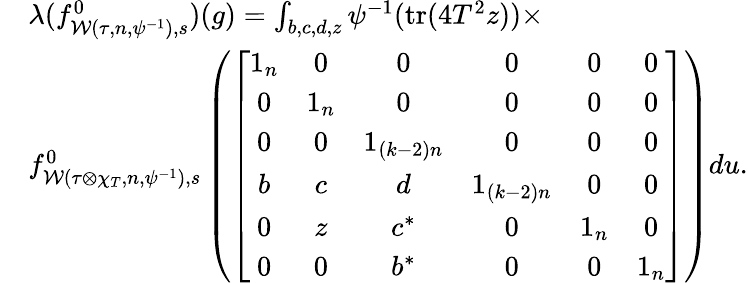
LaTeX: \begin{array}{rl}&{\lambda(f_{\mathcal{W}(\tau,n,\psi^{-1}),s}^{0})(g)=\int_{b,c,d,z}\psi^{-1}(\mathrm{tr}(4T^{2}z))\times}\\ &{f_{\mathcal{W}(\tau\otimes\chi_{T},n,\psi^{-1}),s}^{0}\left(\left[\begin{array}{cccccc}{1_{n}}&{0}&{0}&{0}&{0}&{0}\\ {0}&{1_{n}}&{0}&{0}&{0}&{0}\\ {0}&{0}&{1_{(k-2)n}}&{0}&{0}&{0}\\ {b}&{c}&{d}&{1_{(k-2)n}}&{0}&{0}\\ {0}&{z}&{c^{\ast}}&{0}&{1_{n}}&{0}\\ {0}&{0}&{b^{\ast}}&{0}&{0}&{1_{n}}\end{array}\right]\right)du.}\end{array}